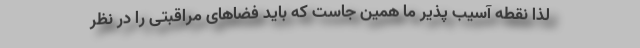
لذا نقطه آسیب پذیر ما همین جاست که باید فضاهای مراقبتی را در نظر